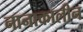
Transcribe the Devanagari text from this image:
नानाकालीन